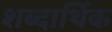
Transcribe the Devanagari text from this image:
शब्दार्थिक